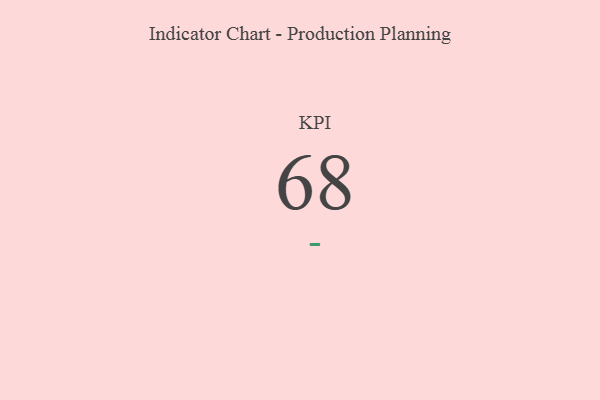
{"axis": {"x": "KPI", "y": "Value"}, "legend": [""], "data": [{"x": "KPI", "y": 68, "type": ""}]}